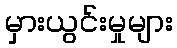
မှားယွင်းမှုများ